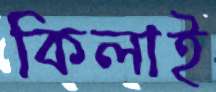
কিলাই